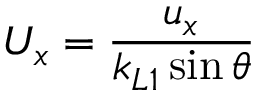
U _ { x } = \frac { u _ { x } } { k _ { L 1 } \sin \theta }